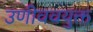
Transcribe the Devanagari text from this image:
उणीववयुक्त